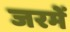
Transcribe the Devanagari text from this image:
जरमें